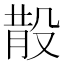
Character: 𣪚